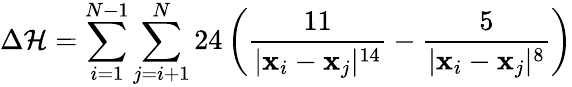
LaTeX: \Delta\mathcal{H}=\sum_{i=1}^{N-1}\sum_{j=i+1}^{N}24\left(\frac{11}{|\mathbf x_{i}-\mathbf x_{j}|^{14}}-\frac 5{|\mathbf x_{i}-\mathbf x_{j}|^{8}}\right)